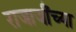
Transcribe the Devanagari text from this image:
राजाजींच्या